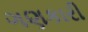
ગણકારી